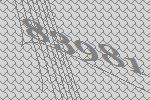
83981